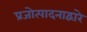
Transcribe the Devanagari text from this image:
प्रजोत्पादनाद्वारे